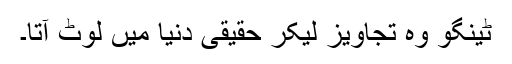
ٹینگو وہ تجاویز لیکر حقیقی دنیا میں لوٹ آتا۔